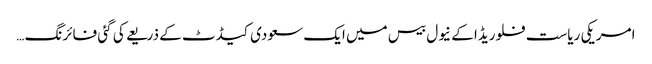
امریکی ریاست فلوریڈا کے نیول بیس میں ایک سعودی کیڈٹ کے ذریعے کی گئی فائرنگ …